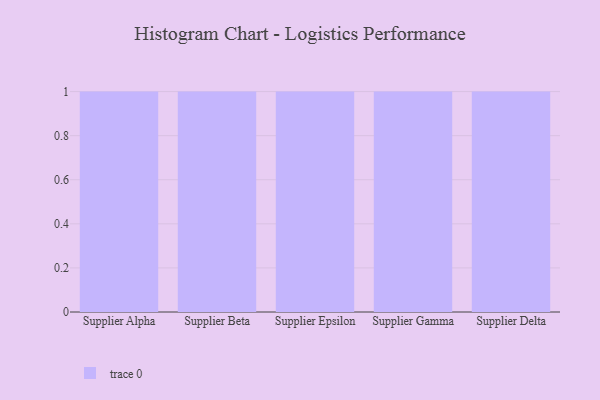
{"axis": {"x": "Supplier", "y": "Humidity (%)"}, "legend": [""], "data": [{"x": "Supplier Alpha", "y": 48, "type": ""}, {"x": "Supplier Beta", "y": 50, "type": ""}, {"x": "Supplier Epsilon", "y": 6, "type": ""}, {"x": "Supplier Gamma", "y": 13, "type": ""}, {"x": "Supplier Delta", "y": 30, "type": ""}]}